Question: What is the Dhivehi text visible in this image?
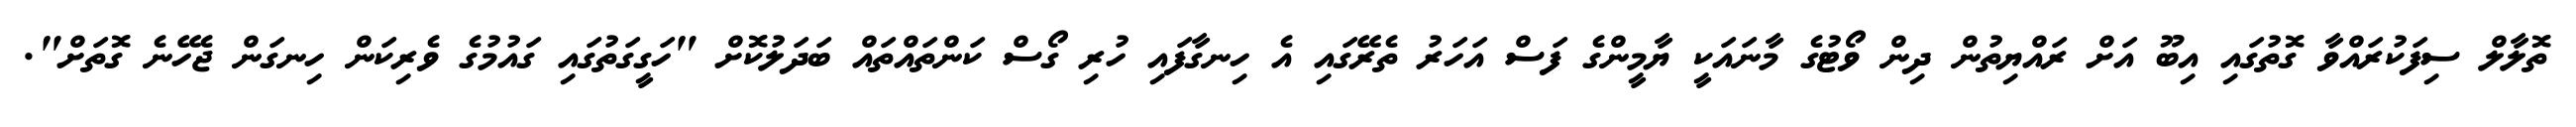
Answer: ތޮލާލް ސިފަކުރައްވާ ގޮތުގައި އިބޫ އަށް ރައްޔިތުން ދިން ވޯޓުގެ މާނައަކީ ޔާމީންގެ ފަސް އަހަރު ތެރޭގައި އެ ހިނގާފައި ހުރި ގޯސް ކަންތައްތައް ބަދަލުކޮށް "ހަގީގަތުގައި ގައުމުގެ ވެރިކަން ހިނގަން ޖެހޭނެ ގޮތަށް".